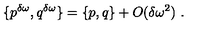
\{ p ^ { \delta \omega } , q ^ { \delta \omega } \} = \{ p , q \} + O ( \delta \omega ^ { 2 } ) \ .